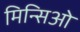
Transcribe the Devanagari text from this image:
मिन्सिओ